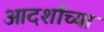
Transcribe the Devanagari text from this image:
आदर्शाच्या